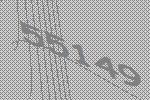
55149